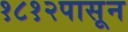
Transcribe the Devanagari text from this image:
१८१२पासून